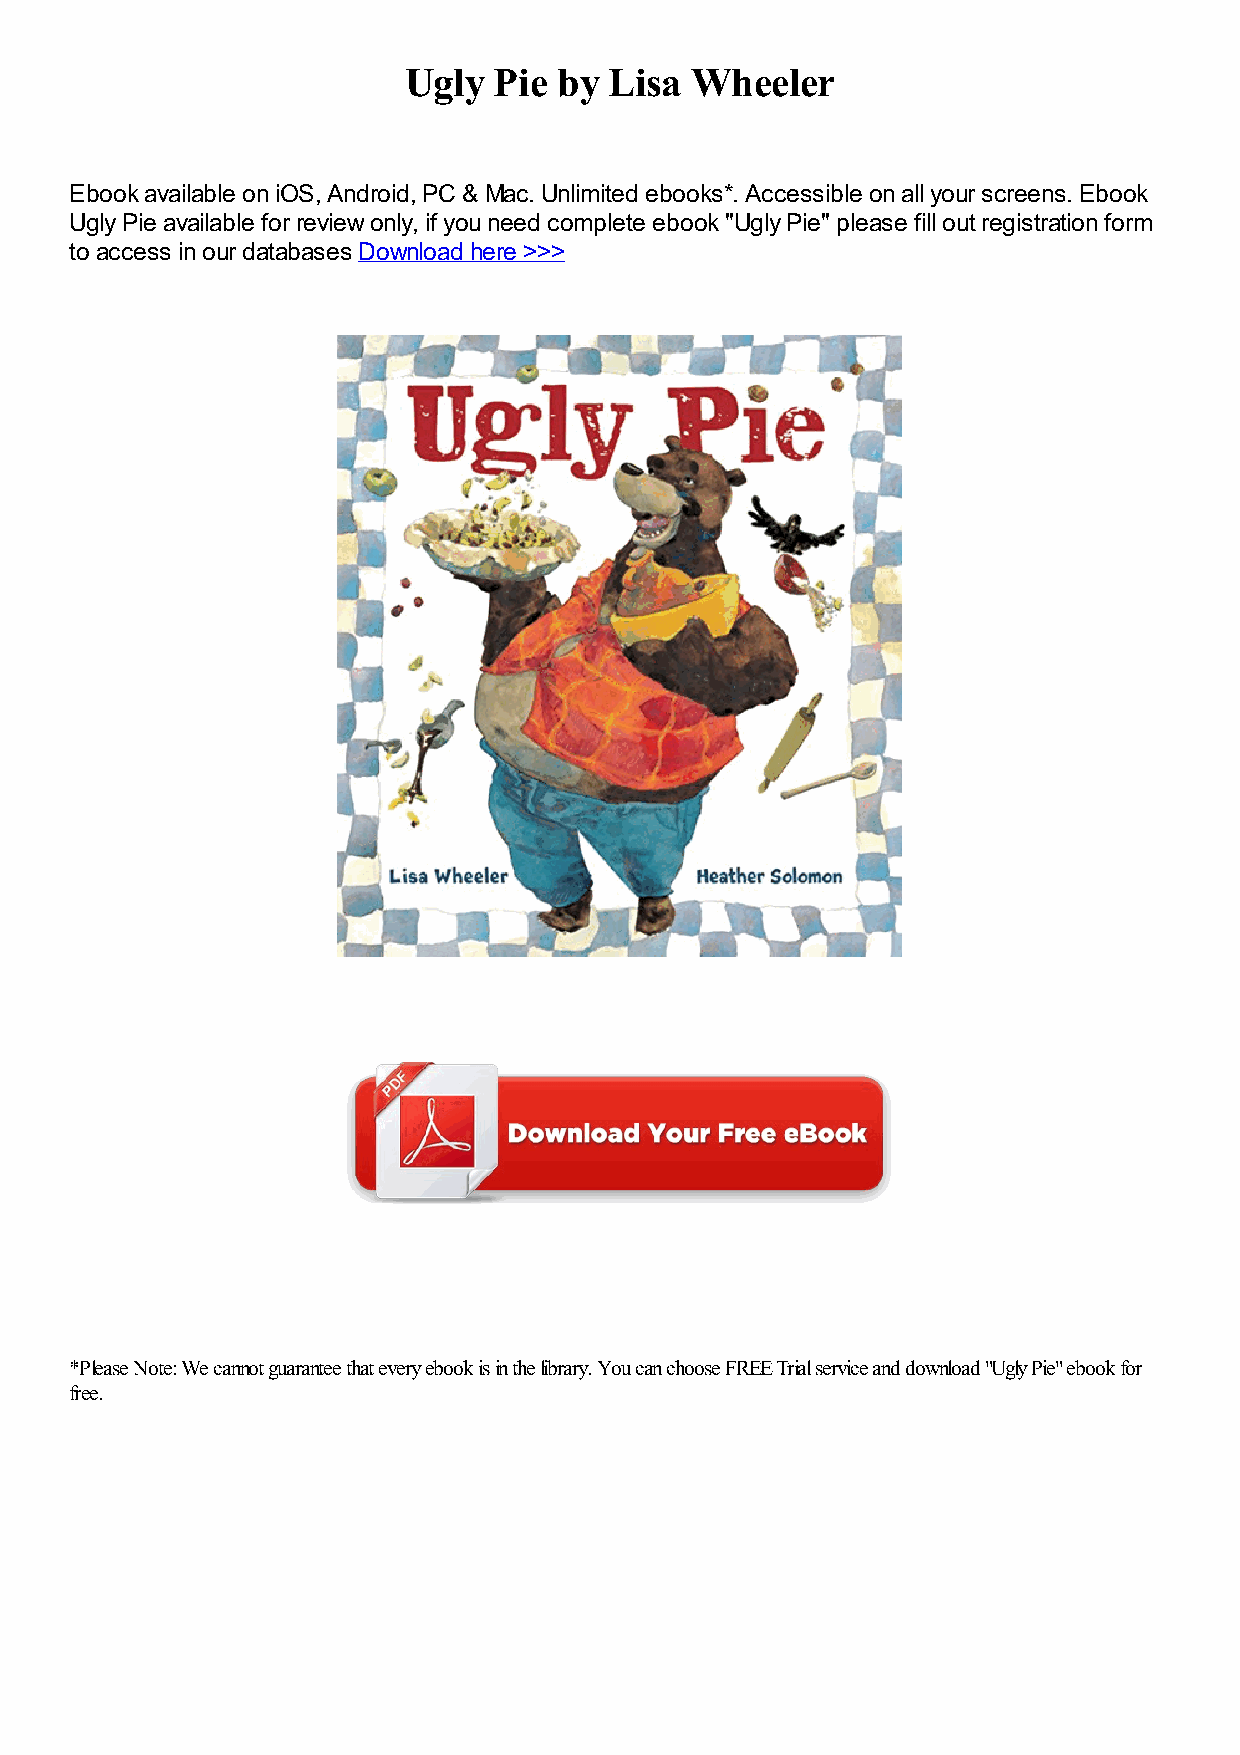
Ugly  Pie by Lisa  Wheeler
 Ebook available on iOS, Android, PC & Mac. Unlimited ebooks*. Accessible on all your screens. Ebook
 Ugly Pie available for review only, if you need complete ebook "Ugly Pie" please fill out registration form
 to access in our databases Download here >>>
 *Please Note: We cannot guarantee that every ebook is in the library. You can choose FREE Trial service and download "Ugly Pie" ebook for
 free.